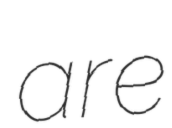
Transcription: are